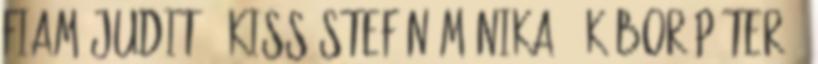
Fiam Judit 1 Kiss-Stefán Mónika 2 Kóbor Péter 1